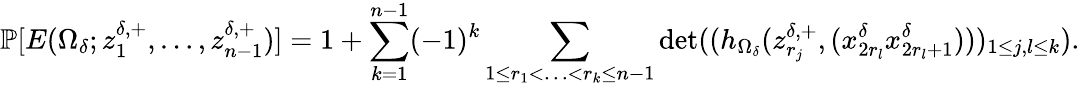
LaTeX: \mathbb{P}[E(\Omega_{\delta};z_{1}^{\delta,+},\ldots,z_{n-1}^{\delta,+})]=1+\sum_{k=1}^{n-1}(-1)^{k}\sum_{1\le r_{1}<\ldots<r_{k}\le n-1}\operatorname*{det}((h_{\Omega_{\delta}}(z_{r_{j}}^{\delta,+},(x_{2r_{l}}^{\delta}x_{2r_{l}+1}^{\delta})))_{1\le j,l\le k}).